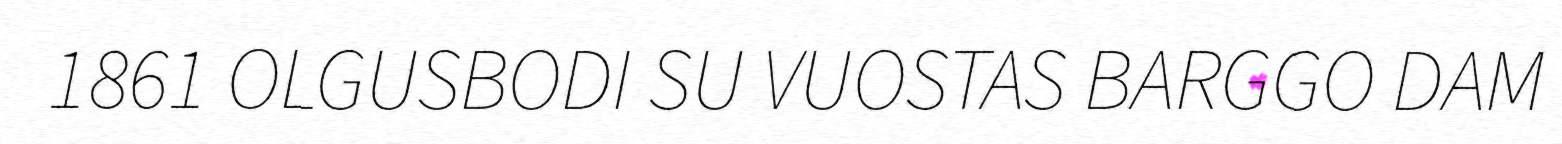
1861 OLGUSBODI SU VUOSTAS BARGGO DAM